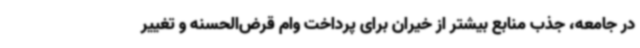
در جامعه، جذب منابع بیشتر از خیران برای پرداخت وام قرض‌الحسنه و تغییر